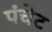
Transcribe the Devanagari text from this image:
पंचेट